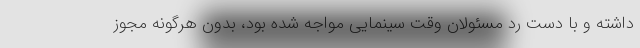
داشته و با دست رد مسئولان وقت سینمایی مواجه شده بود، بدون هرگونه مجوز